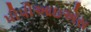
પીપીઆઇએસ